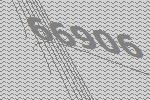
66906